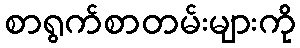
စာရွက်စာတမ်းများကို